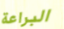
البراعة